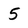
Character: 5